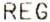
REG